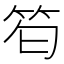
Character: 𥬜